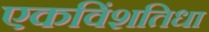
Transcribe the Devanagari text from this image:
एकविंशतिधा